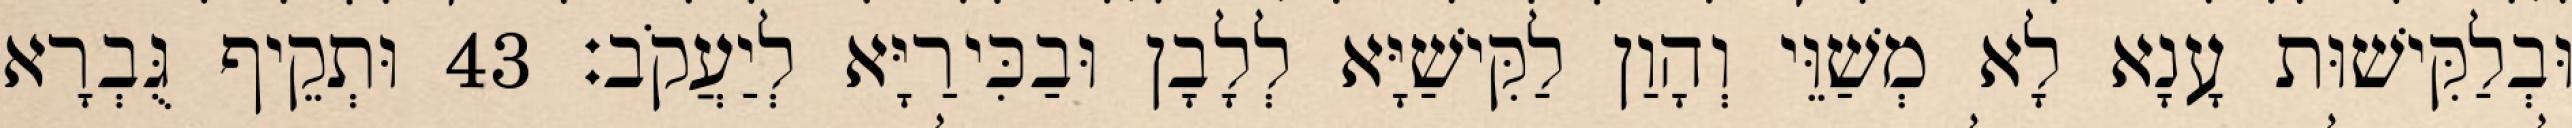
וּבְלַקִּישׁוּת עָנָא לָא מְשַׁוֵּי וְהָוַן לַקִּישַׁיָּא לְלָבָן וּבַכִּירַיָּא לְיַעֲקֹב׃ 43 וּתְקֵיף גֻּבְרָא